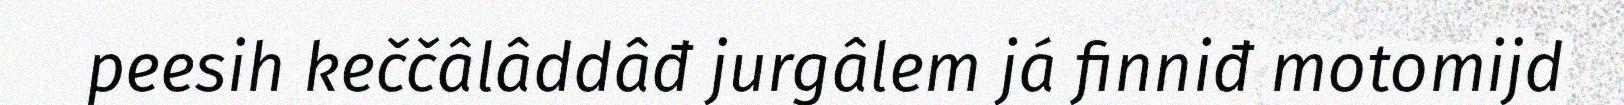
peesih keččâlâddâđ jurgâlem já finniđ motomijd